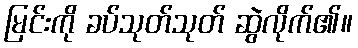
မြင်းကို ခပ်သုတ်သုတ် ဆွဲလိုက်၏။